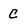
Character: c